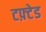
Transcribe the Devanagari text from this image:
टफ़्टेड